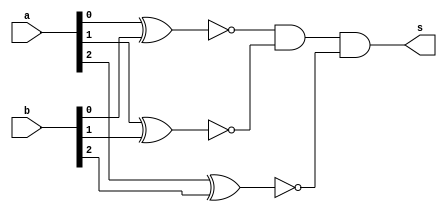
// -------------------------
// Exemplo0023
// Nome: Marcio Enio Gonalves Dutra Junior
// -------------------------

// -------------------------
// igualdade
// -------------------------
module igualdade (output s,input[2:0] a,input[2:0] b);
	wire s1, s2, s3;
	
	xnor xnor1(s1, a[0],b[0]);
	xnor xnor2(s2, a[1],b[1]);
	xnor xnor3(s3, a[2],b[2]);
	
	and and4(s, s1,s2,s3);
	
endmodule

module test_igualdade;
	// ------------------------- definir dados
	reg [2:0] x;
	reg [2:0] y;
	wire resultado;
	
	igualdade ig1(resultado, x, y);
	// ------------------------- parte principal
	initial begin
		$display("Exemplo0023 - Marcio Enio Gonalves Dutra Junior - 441698");
		$display("Test");
		
		#1 x = 3'b000; y = 3'b000;
		
		$monitor ("%b == %b = %b",x,y,resultado);
		#1 x = 3'b000; y = 3'b001;
		#1 x = 3'b010; y = 3'b010;
		#1 x = 3'b001; y = 3'b011;
		#1 x = 3'b001; y = 3'b100;
		#1 x = 3'b000; y = 3'b101;
		#1 x = 3'b110; y = 3'b110;
		#1 x = 3'b000; y = 3'b111;
	end
endmodule // test_igualdade